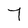
Character: 7